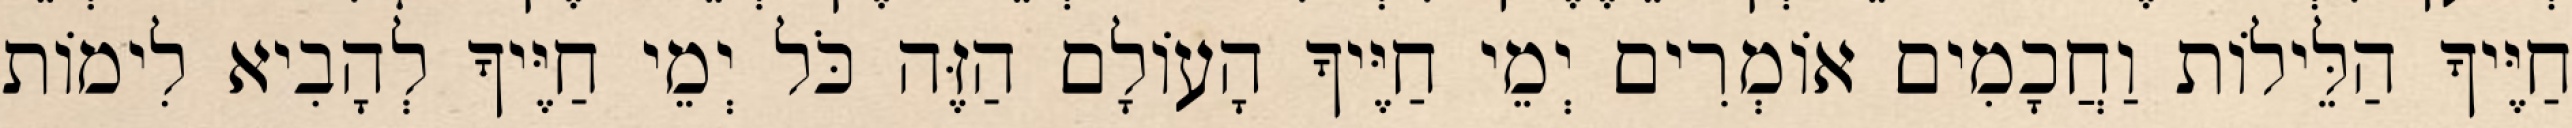
חַיֶּיךָ הַלֵּילוֹת וַחֲכָמִים אוֹמְרִים יְמֵי חַיֶּיךָ הָעוֹלָם הַזֶּה כֹּל יְמֵי חַיֶּיךָ לְהָבִיא לִימוֹת